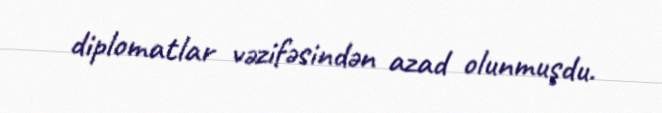
diplomatlar vəzifəsindən azad olunmuşdu.